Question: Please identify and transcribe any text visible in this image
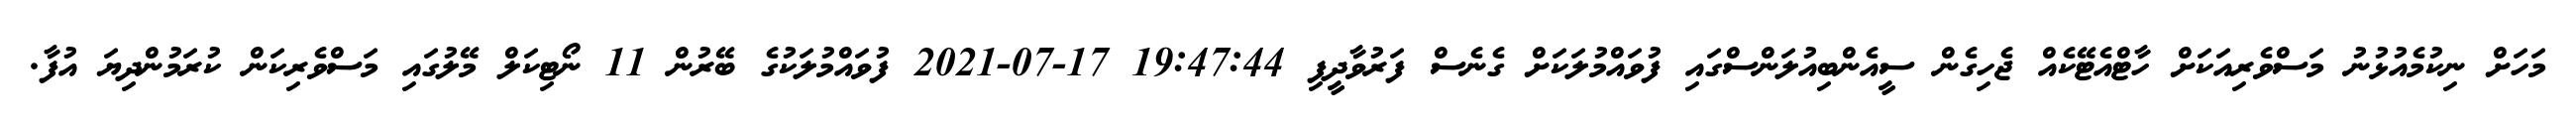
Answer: މަހަށް ނިކުމެއުޅުނު މަސްވެރިއަކަށް ހާޓްއެޓޭކެއް ޖެހިގެން ސީއެންބިއުލަންސްގައި ފުވައްމުލަކަށް ގެނެސް ފަރުވާދީފި 19:47:44 17-07-2021 ފުވައްމުލަކުގެ ބޭރުން 11 ނޯޓިކަލް މޭލުގައި މަސްވެރިކަން ކުރަމުންދިޔަ އުފާ.